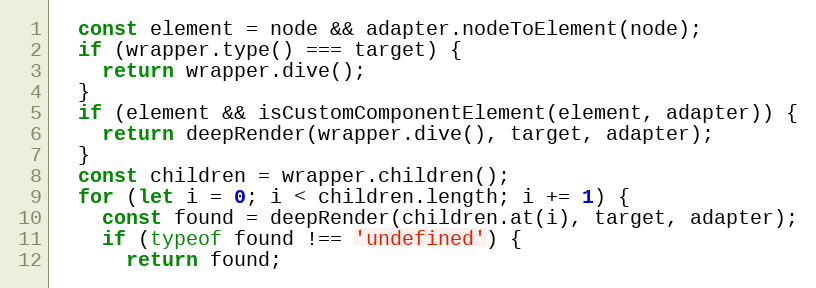
Language: JavaScript
  const element = node && adapter.nodeToElement(node);
  if (wrapper.type() === target) {
    return wrapper.dive();
  }
  if (element && isCustomComponentElement(element, adapter)) {
    return deepRender(wrapper.dive(), target, adapter);
  }
  const children = wrapper.children();
  for (let i = 0; i < children.length; i += 1) {
    const found = deepRender(children.at(i), target, adapter);
    if (typeof found !== 'undefined') {
      return found;